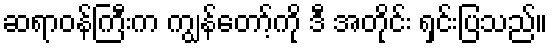
ဆရာဝန်ကြီးက ကျွန်တော့်ကို ဒီ အတိုင်း ရှင်းပြသည်။